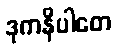
ဒုကနိပါတေ